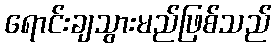
ရောင်းချသွားမည်ဖြစ်သည်